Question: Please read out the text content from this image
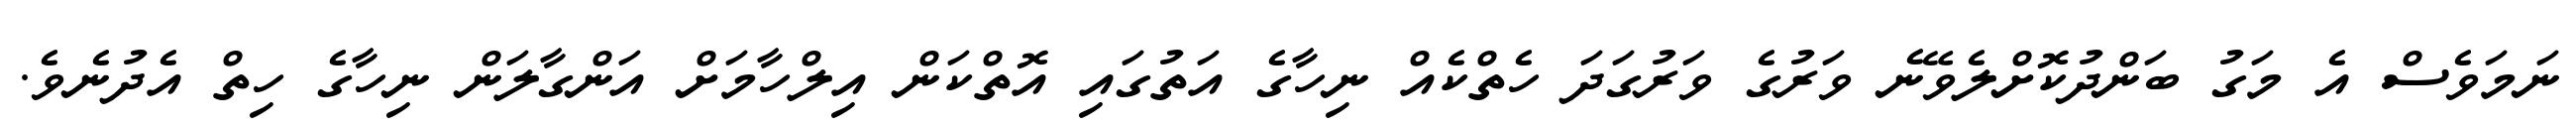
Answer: ނަމަވެސް އެ މަގު ބަންދުކޮށްލެވޭނެ ވަރުގެ ވަރުގަދަ ހެތްކެއް ނިހާގެ އަތުގައި އޮތްކަން އިލްހާމަށް އަންގާލަން ނިހާގެ ހިތް އެދުނެވެ.